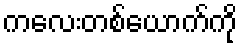
ကလေးတစ်ယောက်ကို